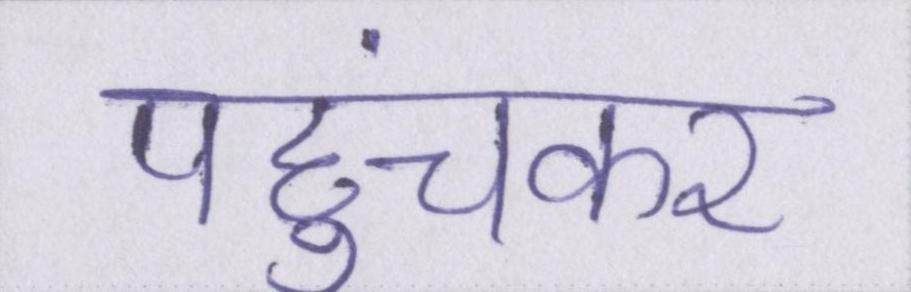
पहुंचकर